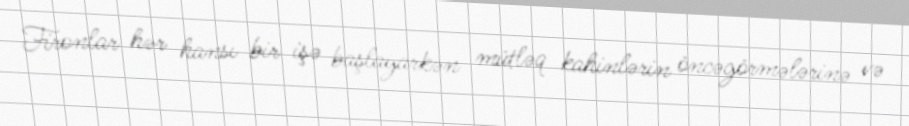
Fironlar hər hansı bir işə başlayarkən mütləq kahinlərin öncəgörmələrinə və